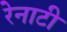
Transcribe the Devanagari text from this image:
रेनाटी